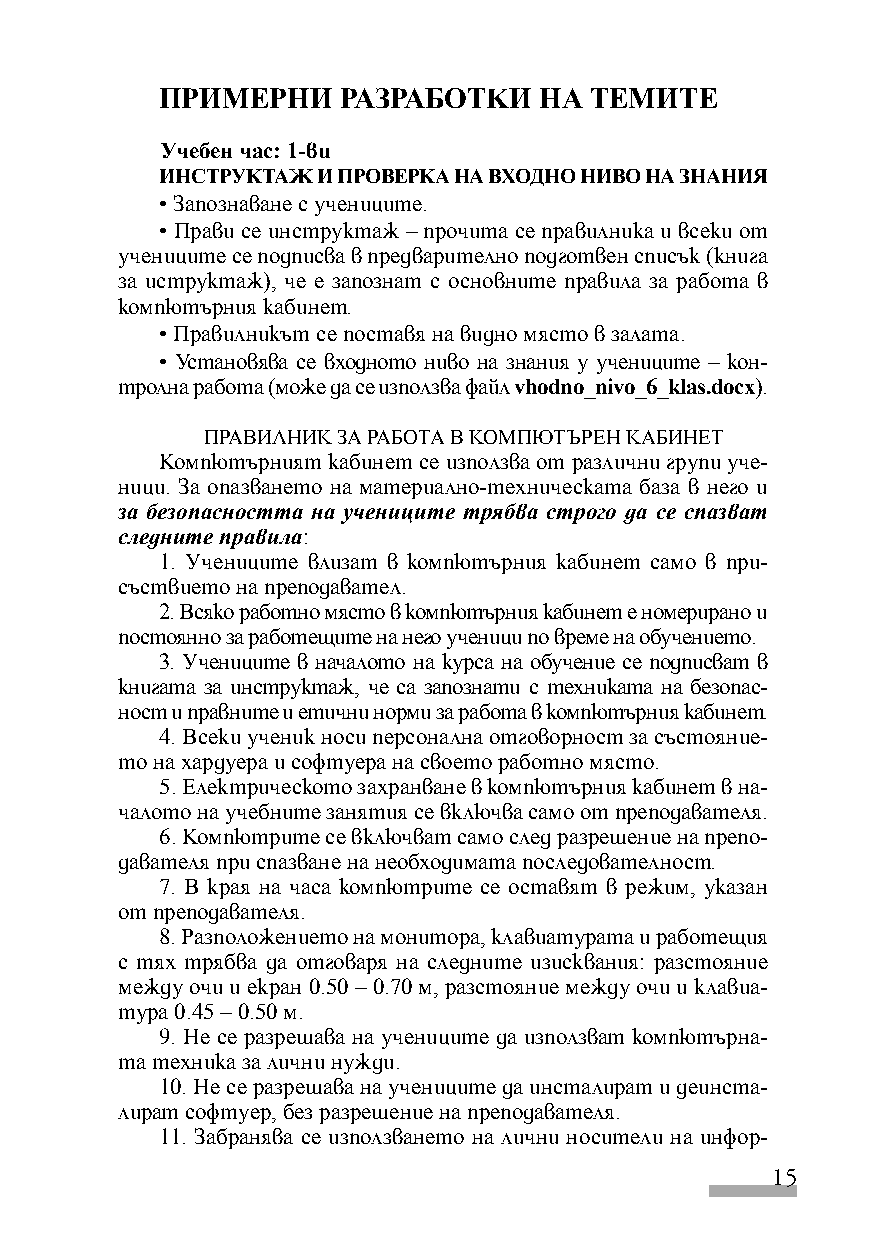
ПРИМЕРНИ    РАЗРАБОТКИ   НА ТЕМИТЕ
 Учебен час: 1-ви
 ИНСТРУКТАЖ И ПРОВЕРКА НА ВХОДНО НИВО НА ЗНАНИЯ
 • Запознаване с учениците.
 • Прави се инструктаж – прочита се правилника и всеки от
 учениците се подписва в предварително подготвен списък (книга
 за иструктаж), че е запознат с основните правила за работа в
 компютърния кабинет.
 • Правилникът се поставя на видно място в залата.
 • Установява се входното ниво на знания у учениците – кон-
 тролна работа (може да се използва файл vhodno_nivo_6_klas.docx).
 ПРАВИЛНИК ЗА РАБОТА В КОМПЮТЪРЕН КАБИНЕТ
 Компютърният кабинет се използва от различни групи уче-
 ници. За опазването на материално-техническата база в него и
 за безопасността на учениците трябва строго да се спазват
 следните правила:
 1. Учениците влизат в компютърния кабинет само в при-
 съствието на преподавател.
 2. Всяко работно място в компютърния кабинет е номерирано и
 постоянно за работещите на него ученици по време на обучението.
 3. Учениците в началото на курса на обучение се подписват в
 книгата за инструктаж, че са запознати с техниката на безопас-
 ност и правните и етични норми за работа в компютърния кабинет.
 4. Всеки ученик носи персонална отговорност за състояние-
 то на хардуера и софтуера на своето работно място.
 5. Електрическото захранване в компютърния кабинет в на-
 чалото на учебните занятия се включва само от преподавателя.
 6. Компютрите се включват само след разрешение на препо-
 давателя при спазване на необходимата последователност.
 7. В края на часа компютрите се оставят в режим, указан
 от преподавателя.
 8. Разположението на монитора, клавиатурата и работещия
 с тях трябва да отговаря на следните изисквания: разстояние
 между очи и екран 0.50 – 0.70 м, разстояние между очи и клавиа-
 тура 0.45 – 0.50 м.
 9. Не се разрешава на учениците да използват компютърна-
 та техника за лични нужди.
 10. Не се разрешава на учениците да инсталират и деинста-
 лират софтуер, без разрешение на преподавателя.
 11. Забранява се използването на лични носители на инфор-
 15